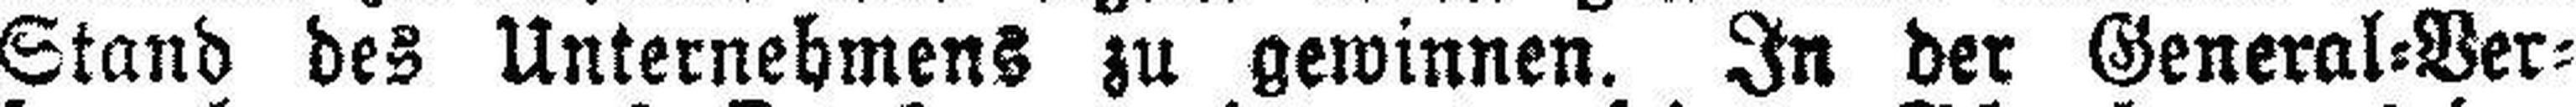
Stand des Unternehmens zu gewinnen. In der General=Ver¬